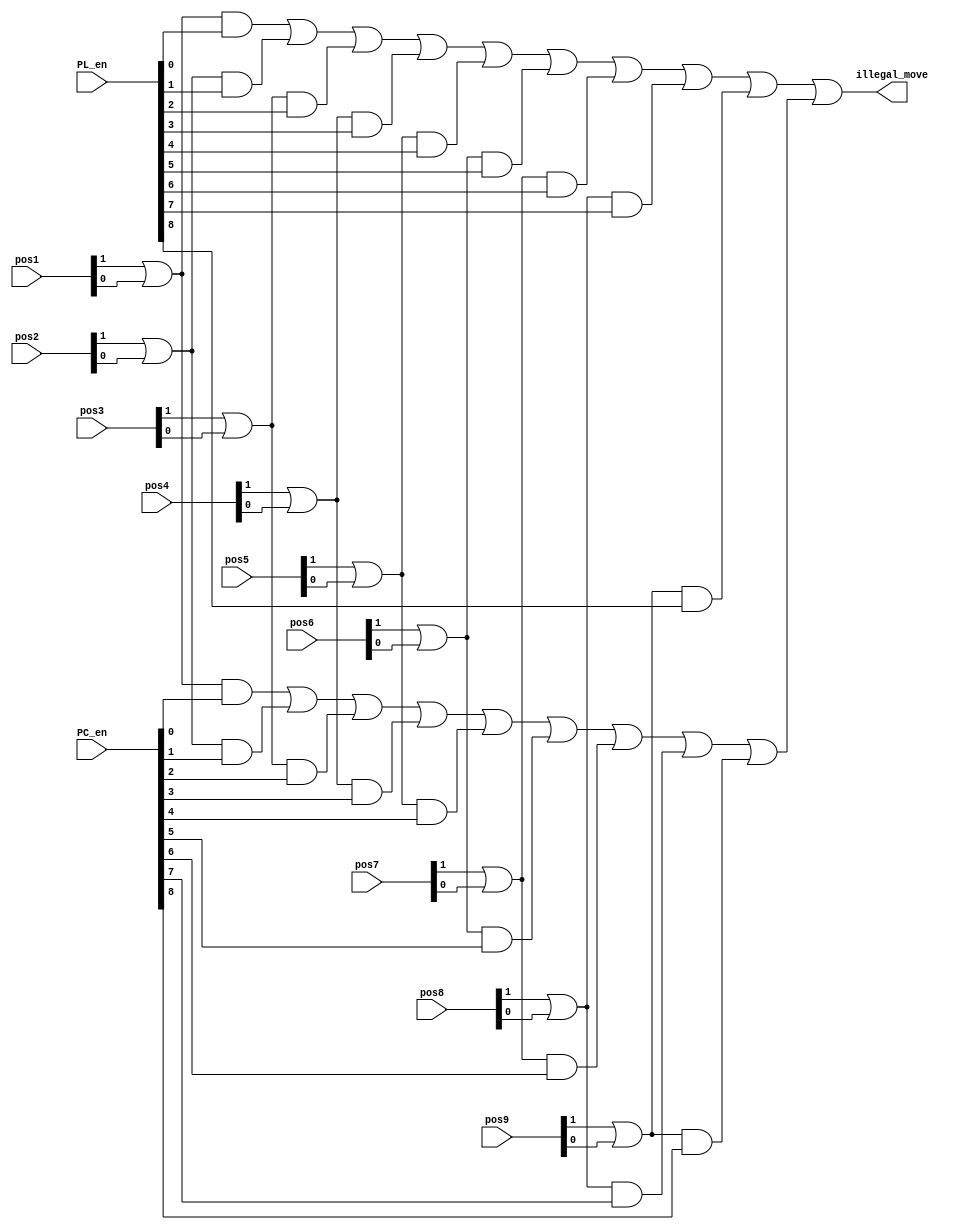
module illegal_move_detector(
   input [1:0] pos1,pos2,pos3,pos4,pos5,pos6,pos7,pos8,pos9, 
   input [8:0] PC_en, PL_en, 
   output wire illegal_move
   );
wire temp1,temp2,temp3,temp4,temp5,temp6,temp7,temp8,temp9;
wire temp11,temp12,temp13,temp14,temp15,temp16,temp17,temp18,temp19;
wire temp21,temp22;

assign temp1 = (pos1[1] | pos1[0]) & PL_en[0];
assign temp2 = (pos2[1] | pos2[0]) & PL_en[1];
assign temp3 = (pos3[1] | pos3[0]) & PL_en[2];
assign temp4 = (pos4[1] | pos4[0]) & PL_en[3];
assign temp5 = (pos5[1] | pos5[0]) & PL_en[4];
assign temp6 = (pos6[1] | pos6[0]) & PL_en[5];
assign temp7 = (pos7[1] | pos7[0]) & PL_en[6];
assign temp8 = (pos8[1] | pos8[0]) & PL_en[7];
assign temp9 = (pos9[1] | pos9[0]) & PL_en[8];
  
assign temp11 = (pos1[1] | pos1[0]) & PC_en[0];
assign temp12 = (pos2[1] | pos2[0]) & PC_en[1];
assign temp13 = (pos3[1] | pos3[0]) & PC_en[2];
assign temp14 = (pos4[1] | pos4[0]) & PC_en[3];
assign temp15 = (pos5[1] | pos5[0]) & PC_en[4];
assign temp16 = (pos6[1] | pos6[0]) & PC_en[5];
assign temp17 = (pos7[1] | pos7[0]) & PC_en[6];
assign temp18 = (pos8[1] | pos8[0]) & PC_en[7];
assign temp19 = (pos9[1] | pos9[0]) & PC_en[8];

assign temp21 =((((((((temp1 | temp2) | temp3) | temp4) | temp5) | temp6) | temp7) | temp8) | temp9);
assign temp22 =((((((((temp11 | temp12) | temp13) | temp14) | temp15) | temp16) | temp17) | temp18) | temp19);

assign illegal_move = temp21 | temp22 ;
endmodule